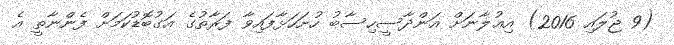
(9 ޖުލައި 2016) އިޢުލާނަށް އަންދާސީހިސާބު ހުށަހަޅާފައިވާ ފަރާތުގެ އަގުބޮޑުކަމަށް ފެންނާތީ އެ